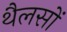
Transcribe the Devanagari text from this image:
थैलसों